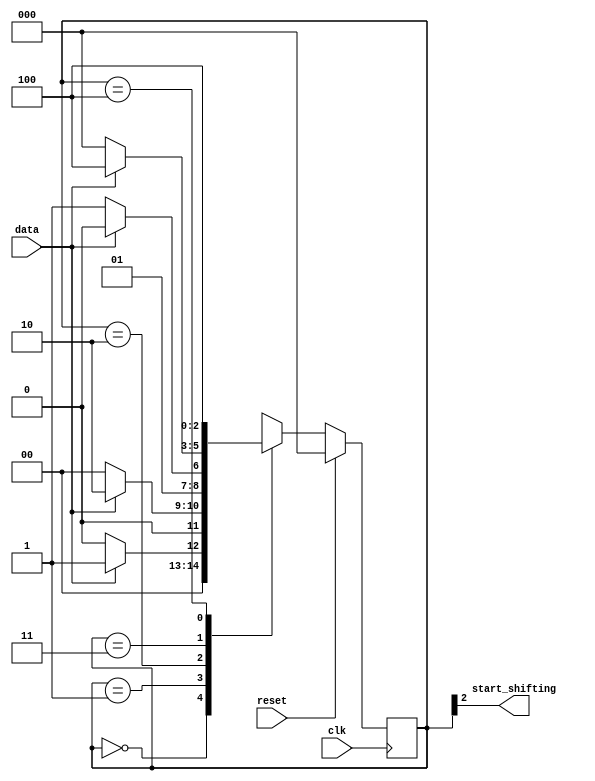
module top_module (
    input clk,
    input reset,      // Synchronous reset
    input data,
    output start_shifting);

    parameter [2:0] A=3'd0,B=3'd1,C=3'd2,D=3'd3,E=3'd4;
    reg [2:0] ps,ns;
    
    always@(*)begin
        case(ps)
            A: ns = data? B:A;
            B: ns = data? C:A;
            C: ns = data? C:D;
            D: ns = data? E:A;
            E: ns = E;
            default: ns = 3'bxxx;
        endcase
    end
    
    always@(posedge clk)begin
        if(reset)
            ps <= A;
        else
            ps <= ns;
    end
    
    assign start_shifting = ps[2];
        
endmodule